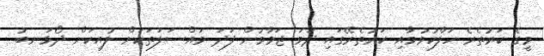
މީގެ ކަރުތެރެ ހަލާކުވުމާއި ކަރުތެރޭގައި ދަވަ ޖަމާވުން ފަދަ މައްސަލަތަކަށް ލުއިކަން ދޯޅަނބު